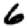
Digit: 6